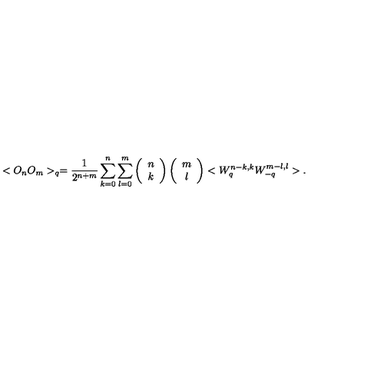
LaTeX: < O _ { n } O _ { m } > _ { q } = \frac { 1 } { 2 ^ { n + m } } \sum _ { k = 0 } ^ { n } \sum _ { l = 0 } ^ { m } \left( \begin{array} { c } { n } \\ { k } \\ \end{array} \right) \left( \begin{array} { c } { m } \\ { l } \\ \end{array} \right) < W _ { q } ^ { n - k , k } W _ { - q } ^ { m - l , l } > .